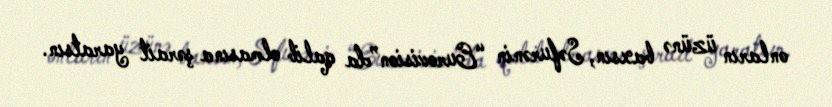
onların üzünə baxsın, Səfurənin “Eurovision”da qalib olmasına şərait yaratsın.